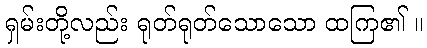
ရှမ်းတို့လည်း ရုတ်ရုတ်သောသော ထကြ၏ ။